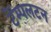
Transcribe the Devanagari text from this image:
टेंम्पलटन